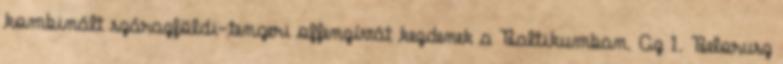
kombinált szárazföldi-tengeri offenzívát kezdenek a Baltikumban. Az 1. Belorusz